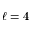
\ell = 4